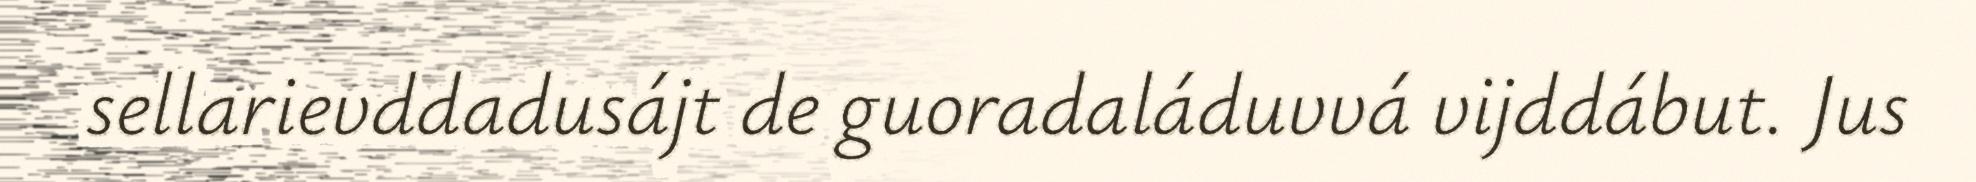
sellarievddadusájt de guoradaláduvvá vijddábut. Jus